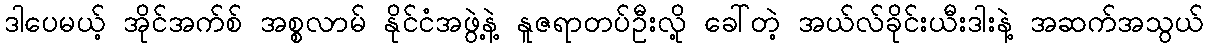
ဒါပေမယ့် အိုင်အက်စ် အစ္စလာမ် နိုင်ငံအဖွဲ့နဲ့ နူဇရာတပ်ဦးလို့ ခေါ်တဲ့ အယ်လ်ခိုင်းယီးဒါးနဲ့ အဆက်အသွယ်